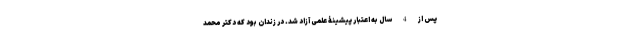
پس از 4 سال به اعتبار پیشینۀ علمی آزاد شد. در زندان بود که دکتر محمد